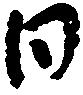
日